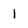
Character: 1